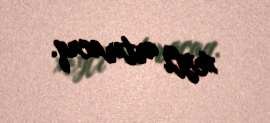
xeyli artıracaq.